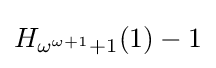
H_{\omega ^{\omega +1}+1}(1)-1